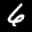
Label: 6